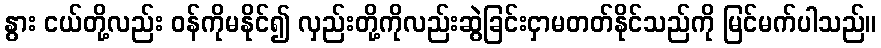
နွား ငယ်တို့လည်း ဝန်ကိုမနိုင်၍ လှည်းတို့ကိုလည်းဆွဲခြင်းငှာမတတ်နိုင်သည်ကို မြင်မက်ပါသည်။